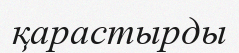
қарастырды